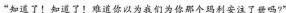
“知道了！知道了！难道你以为我们为你那个玛利安注了册吗?”